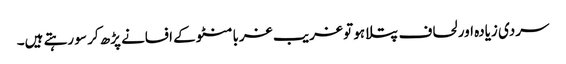
سردی زیادہ اور لحاف پتلا ہو تو غریب غربا منٹو کے افسانے پڑھ کر سو رہتے ہیں۔